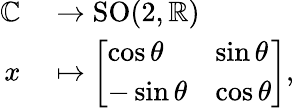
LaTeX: \begin{array}{rl}{\mathbb{C}}&{{}\to\operatorname{SO}(2,\mathbb{R})}\\ {x}&{{}\mapsto{\left[\begin{array}{ll}{\cos\theta}&{\sin\theta}\\ {-\sin\theta}&{\cos\theta}\end{array}\right]},}\end{array}